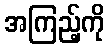
အကြည့်ကို